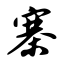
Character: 寨